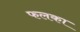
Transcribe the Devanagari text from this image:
फलका